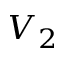
V _ { 2 }